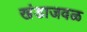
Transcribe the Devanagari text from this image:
खंडाजवळ